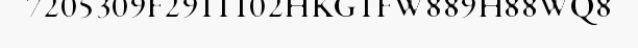
7205309F2911102HKG1FW889H88WQ8